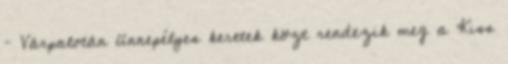
– Várpalotán ünnepélyes keretek közt rendezik meg a Kiss